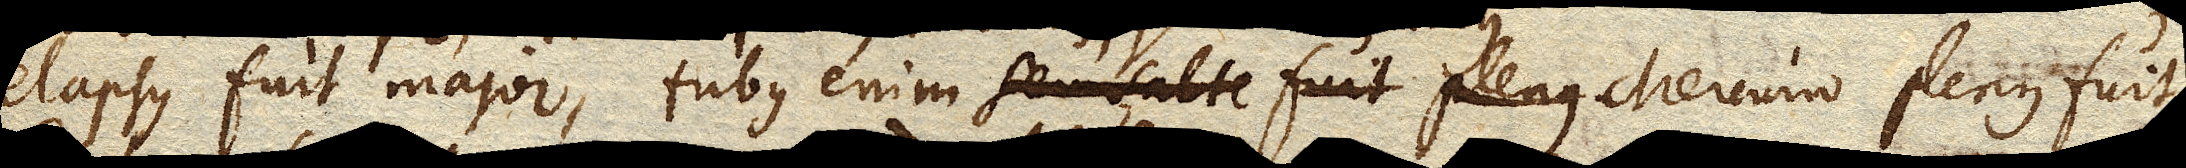
elapsus fuit major, tubus enim seu salte fuit plenus Mercurio plenus fuit.